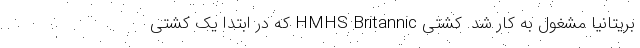
بریتانیا مشغول به کار شد. کشتی HMHS Britannic که در ابتدا یک کشتی